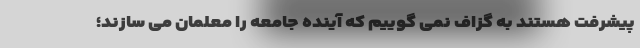
پیشرفت هستند به گزاف نمی گوییم که آینده جامعه را معلمان می سازند؛